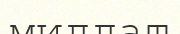
миллат